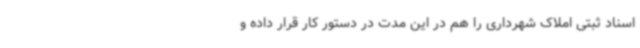
اسناد ثبتی املاک شهرداری را هم در این مدت در دستور کار قرار داده و